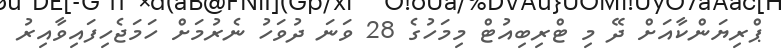
ޕްރިޔަންކާއަށް ދޭ މި ޓްރިބިއުޓް މިމަހުގެ 28 ވަނަ ދުވަހު ނެރުމަށް ހަމަޖެހިފައިވާއިރު